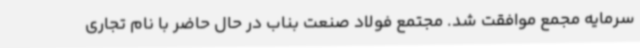
سرمایه مجمع موافقت شد. مجتمع فولاد صنعت بناب در حال حاضر با نام تجاری